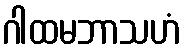
ဂါထမဘာသဟံ